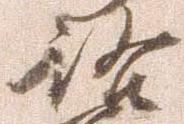
路